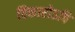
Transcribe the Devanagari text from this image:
विकारोऽपि